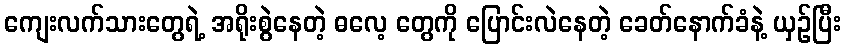
ကျေးလက်သားတွေရဲ့ အရိုးစွဲနေတဲ့ ဓလေ့ တွေကို ပြောင်းလဲနေတဲ့ ခေတ်နောက်ခံနဲ့ ယှဉ်ပြီး